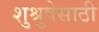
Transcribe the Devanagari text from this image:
शुश्रुषेसाठी